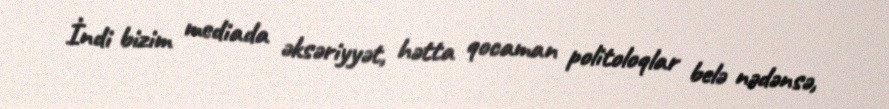
İndi bizim mediada əksəriyyət, hətta qocaman politoloqlar belə nədənsə,